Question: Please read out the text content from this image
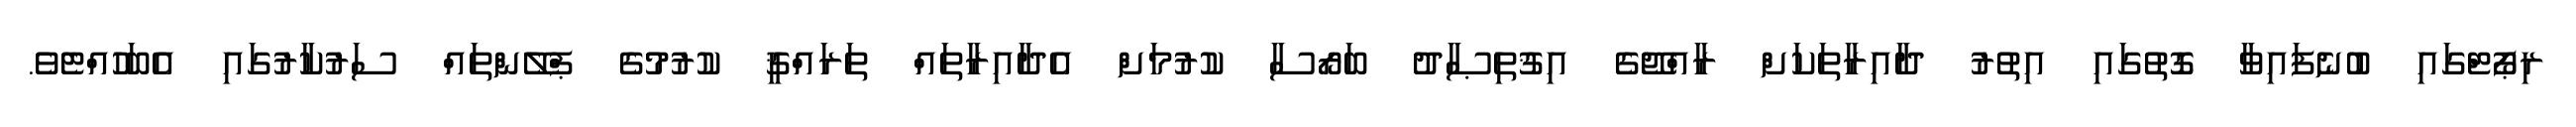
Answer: ރިޕޯޓްގައި ބުނެފައިވާ ގޮތުގައި އިތުރު ދާއިރާތަކަށް ރާއްޖޭގެ އިޤުތިޞާދު ބަރޯސާ ކުރުމަށް އެދާއިރާތައް ތަރައްޤީ ކުރުމުގެ ޕްލޭންތައް ސަރުކާރުގައި އެބަހުއްޓެވެ.